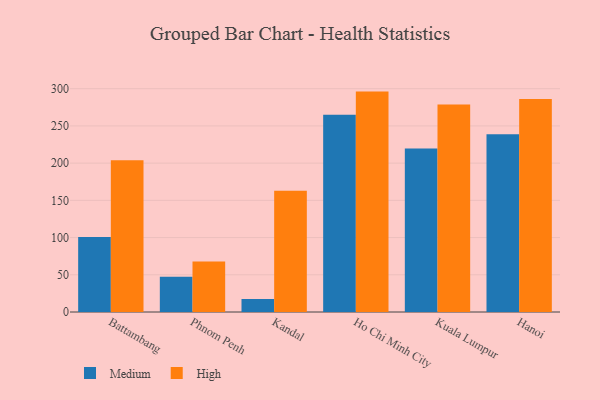
{"axis": {"x": "City", "y": "Conversion Rate (%)"}, "legend": ["High", "Medium"], "data": [{"x": "Battambang", "y": 100.9, "type": "Medium"}, {"x": "Battambang", "y": 203.8, "type": "High"}, {"x": "Phnom Penh", "y": 47.2, "type": "Medium"}, {"x": "Phnom Penh", "y": 67.9, "type": "High"}, {"x": "Kandal", "y": 17.6, "type": "Medium"}, {"x": "Kandal", "y": 162.9, "type": "High"}, {"x": "Ho Chi Minh City", "y": 265.0, "type": "Medium"}, {"x": "Ho Chi Minh City", "y": 296.1, "type": "High"}, {"x": "Kuala Lumpur", "y": 219.5, "type": "Medium"}, {"x": "Kuala Lumpur", "y": 278.9, "type": "High"}, {"x": "Hanoi", "y": 238.7, "type": "Medium"}, {"x": "Hanoi", "y": 286.0, "type": "High"}]}